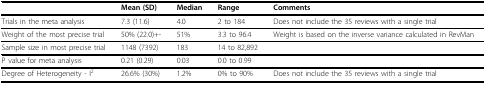
|  | Mean (SD) | Median | Range | Comments |
 | --- | --- | --- | --- | --- |
 | Trials in the meta analysis | 7.3 (11.6) | 4.0 | 2 to 184 | Does not include the 35 reviews with a single trial |
 | Weight of the most precise trial | 50% (22.0)+- | 51% | 3.3 to 96.4 | Weight is based on the inverse variance calculated in RevMan |
 | Sample size in most precise trial | 1148 (7392) | 183 | 14 to 82,892 |  |
 | P value for meta analysis | 0.21 (0.29) | 0.03 | 0.0 to 0.99 |  |
 | Degree of Heterogeneity - I2 | 26.6% (30%) | 1.2% | 0% to 90% | Does not include the 35 reviews with a single trial |